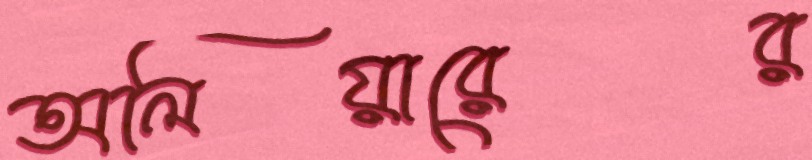
অলিয়ারের